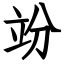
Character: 竕